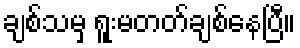
ချစ်သမှ ရူးမတတ်ချစ်နေပြီ။